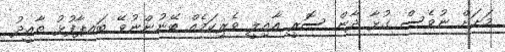
މަށަށް ނުވެސް ގުޅާ ދާން ސޮރީ އާއިލީ ވެރިކަމެއް ބޭނުންނުވޭ ބައޕާފުޅު ތާއީދު